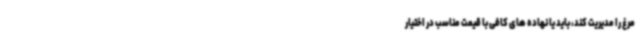
مرغ را مدیریت کند، باید یا نهاده های کافی با قیمت مناسب در اختیار